Annual administration and progress report of the Indian Medical Department, Bombay
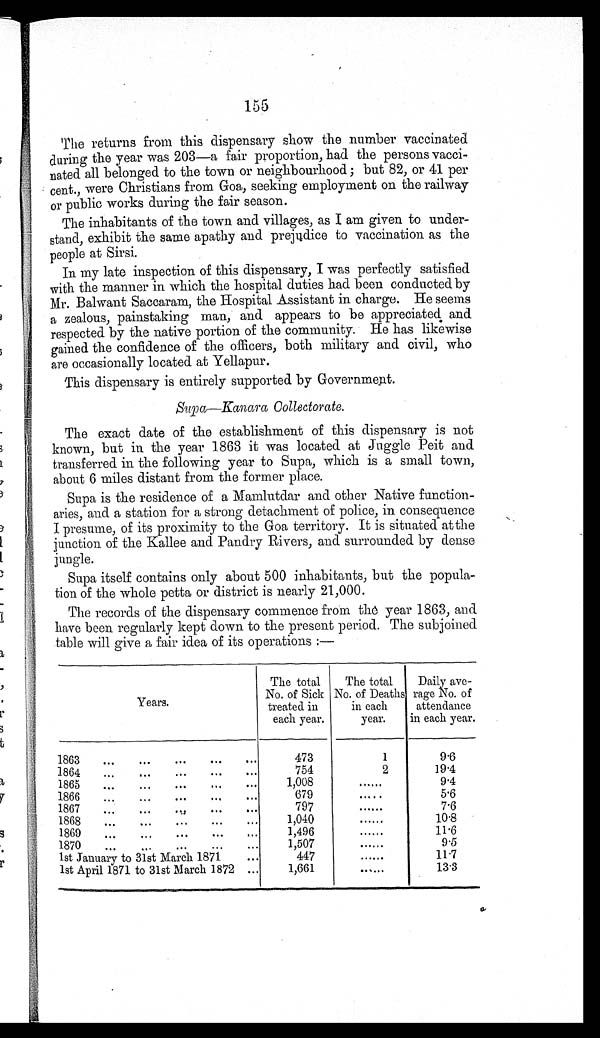
155
The returns from this dispensary show the number vaccinated
during the year was 203—a fair proportion, Sad the persons vacci-
nated all belonged to the town or neighbourhood; but 82, or 41 per
cent., were Christians from Goa, seeking employment on the railway
or public works during the fair season.
The inhabitants of the town and villages, as I am given to under-
stand, exhibit the same apathy and prejudiced to vaccination as the
people at Sirsi.
In my late inspection of this dispensary, I was perfectly satisfied
with the manner in which the hospital duties had been conducted by
Mr. Balwant Saccaram, the Hospital Assistant in charge. He seems
a zealous, painstaking man, and appears to be appreciate and
respected by the native portion of the community. He has likewise
gained the confidence of the officers, both military and civil, who
are occasionally located at Yellapur.
This dispensary is entirely supported by Governmep4.
Supa—Kanara Oollecorate.
The exact date of the establishment of this dispensary is not
known, but in the year 1863 it was located at Juggle Peit and.
transferred in the following year to Supa, which is a small town,
about 6 miles distant from the former place.
Supa is the residence of a Manilutdar and other Native function-
aries, and a station for a strong detachment of police, in consequence
I presume, of its proximity to the Goa territory. It is situated at the
junction of the Kallee and Pandry Rivers, and. surrounded by dense
jungle.
Supa itself contains only about 500 inhabitants, but the popula-
tion of the whole petta or district is nearly 21,000.
The records of the dispensary commence from the year 1863, and
have been regularly kept down to the present period. The subjoined
table will give a fair idea of its operations :—
Bears.
The total
No. of Sick
treated in
each year.
The total
No. of. Deaths
in each
year.
Daily are-
rage No. of
attendance
in each year.
1863
...
...
...
...
...
473
1
9.6
1864
...
...
...
...
...
754
2
19.4
1865
...
–
1,008
......
9.4
1866
...
...
•••
...
•••
679
.....
5.6
1867
...
..
6 7 9
......
7.6
1868
...
...
...
...
...
1,040
......
10.8
1869
...
.,.
•••
•••
...
1,496
......
11.6
1870
...
...
...
...
...
1,507
......
9.5
1st January to 31st March 1871
•••
447
......
11.7
1st April 1871 to 31st March 1872
...
1,661
......
13.3